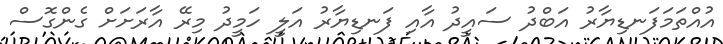
އުއްތަމަފަނޑިޔާރު އަބްދު ސައީދު އާއި ފަނޑިޔާރު އަލީ ހަމީދު މިރޭ އާރަށަށް ގެންގޮސް